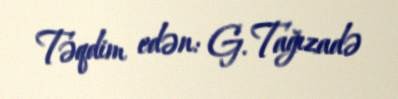
Təqdim edən: G. Tağızadə